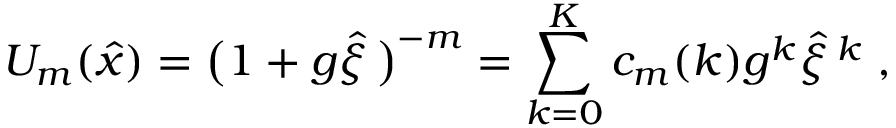
U _ { m } ( \hat { x } ) = \big ( 1 + g \hat { \xi } \, \big ) ^ { - m } = \sum _ { k = 0 } ^ { K } c _ { m } ( k ) g ^ { k } \hat { \xi } \, ^ { k } \; ,